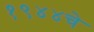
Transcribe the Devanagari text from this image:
१९४४चे